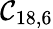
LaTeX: \mathcal{C}_{18,6}